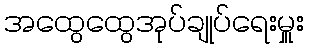
အထွေထွေအုပ်ချုပ်ရေးမှူး